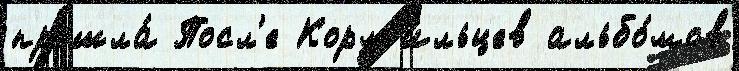
прошла́ Посл'е Корм'и́льцев альбо́мов